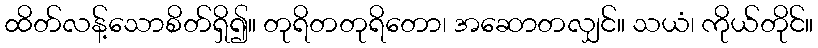
ထိတ်လန့်သောစိတ်ရှိ၍။ တုရိတတုရိတော၊ အဆောတလျှင်။ သယံ၊ ကိုယ်တိုင်။